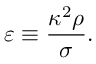
\varepsilon \equiv \frac { \kappa ^ { 2 } \rho } { \sigma } .